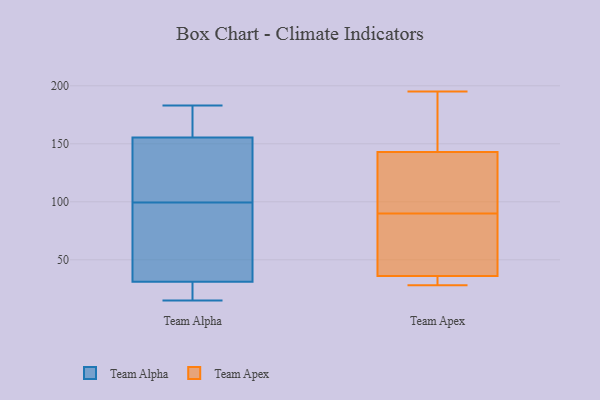
{"axis": {"x": "Page Views", "y": "Value"}, "legend": ["Team Alpha", "Team Apex"], "data": [{"x": "", "y": 163, "type": "Team Alpha"}, {"x": "", "y": 169, "type": "Team Alpha"}, {"x": "", "y": 111, "type": "Team Alpha"}, {"x": "", "y": 38, "type": "Team Alpha"}, {"x": "", "y": 148, "type": "Team Alpha"}, {"x": "", "y": 119, "type": "Team Alpha"}, {"x": "", "y": 28, "type": "Team Alpha"}, {"x": "", "y": 15, "type": "Team Alpha"}, {"x": "", "y": 181, "type": "Team Alpha"}, {"x": "", "y": 183, "type": "Team Alpha"}, {"x": "", "y": 34, "type": "Team Alpha"}, {"x": "", "y": 88, "type": "Team Alpha"}, {"x": "", "y": 82, "type": "Team Alpha"}, {"x": "", "y": 22, "type": "Team Alpha"}, {"x": "", "y": 21, "type": "Team Alpha"}, {"x": "", "y": 134, "type": "Team Alpha"}, {"x": "", "y": 36, "type": "Team Apex"}, {"x": "", "y": 143, "type": "Team Apex"}, {"x": "", "y": 90, "type": "Team Apex"}, {"x": "", "y": 28, "type": "Team Apex"}, {"x": "", "y": 90, "type": "Team Apex"}, {"x": "", "y": 130, "type": "Team Apex"}, {"x": "", "y": 31, "type": "Team Apex"}, {"x": "", "y": 58, "type": "Team Apex"}, {"x": "", "y": 173, "type": "Team Apex"}, {"x": "", "y": 158, "type": "Team Apex"}, {"x": "", "y": 89, "type": "Team Apex"}, {"x": "", "y": 195, "type": "Team Apex"}, {"x": "", "y": 113, "type": "Team Apex"}, {"x": "", "y": 29, "type": "Team Apex"}]}